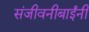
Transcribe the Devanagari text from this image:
संजीवनीबाईंनी